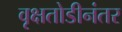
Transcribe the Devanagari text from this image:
वृक्षतोडीनंतर